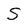
Character: S